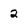
Character: 2